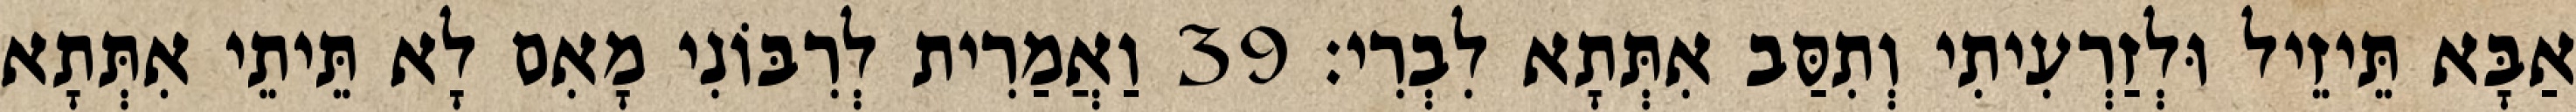
אַבָּא תֵּיזֵיל וּלְזַרְעִיתִי וְתִסַּב אִתְּתָא לִבְרִי׃ 39 וַאֲמַרִית לְרִבּוֹנִי מָאִם לָא תֵּיתֵי אִתְּתָא